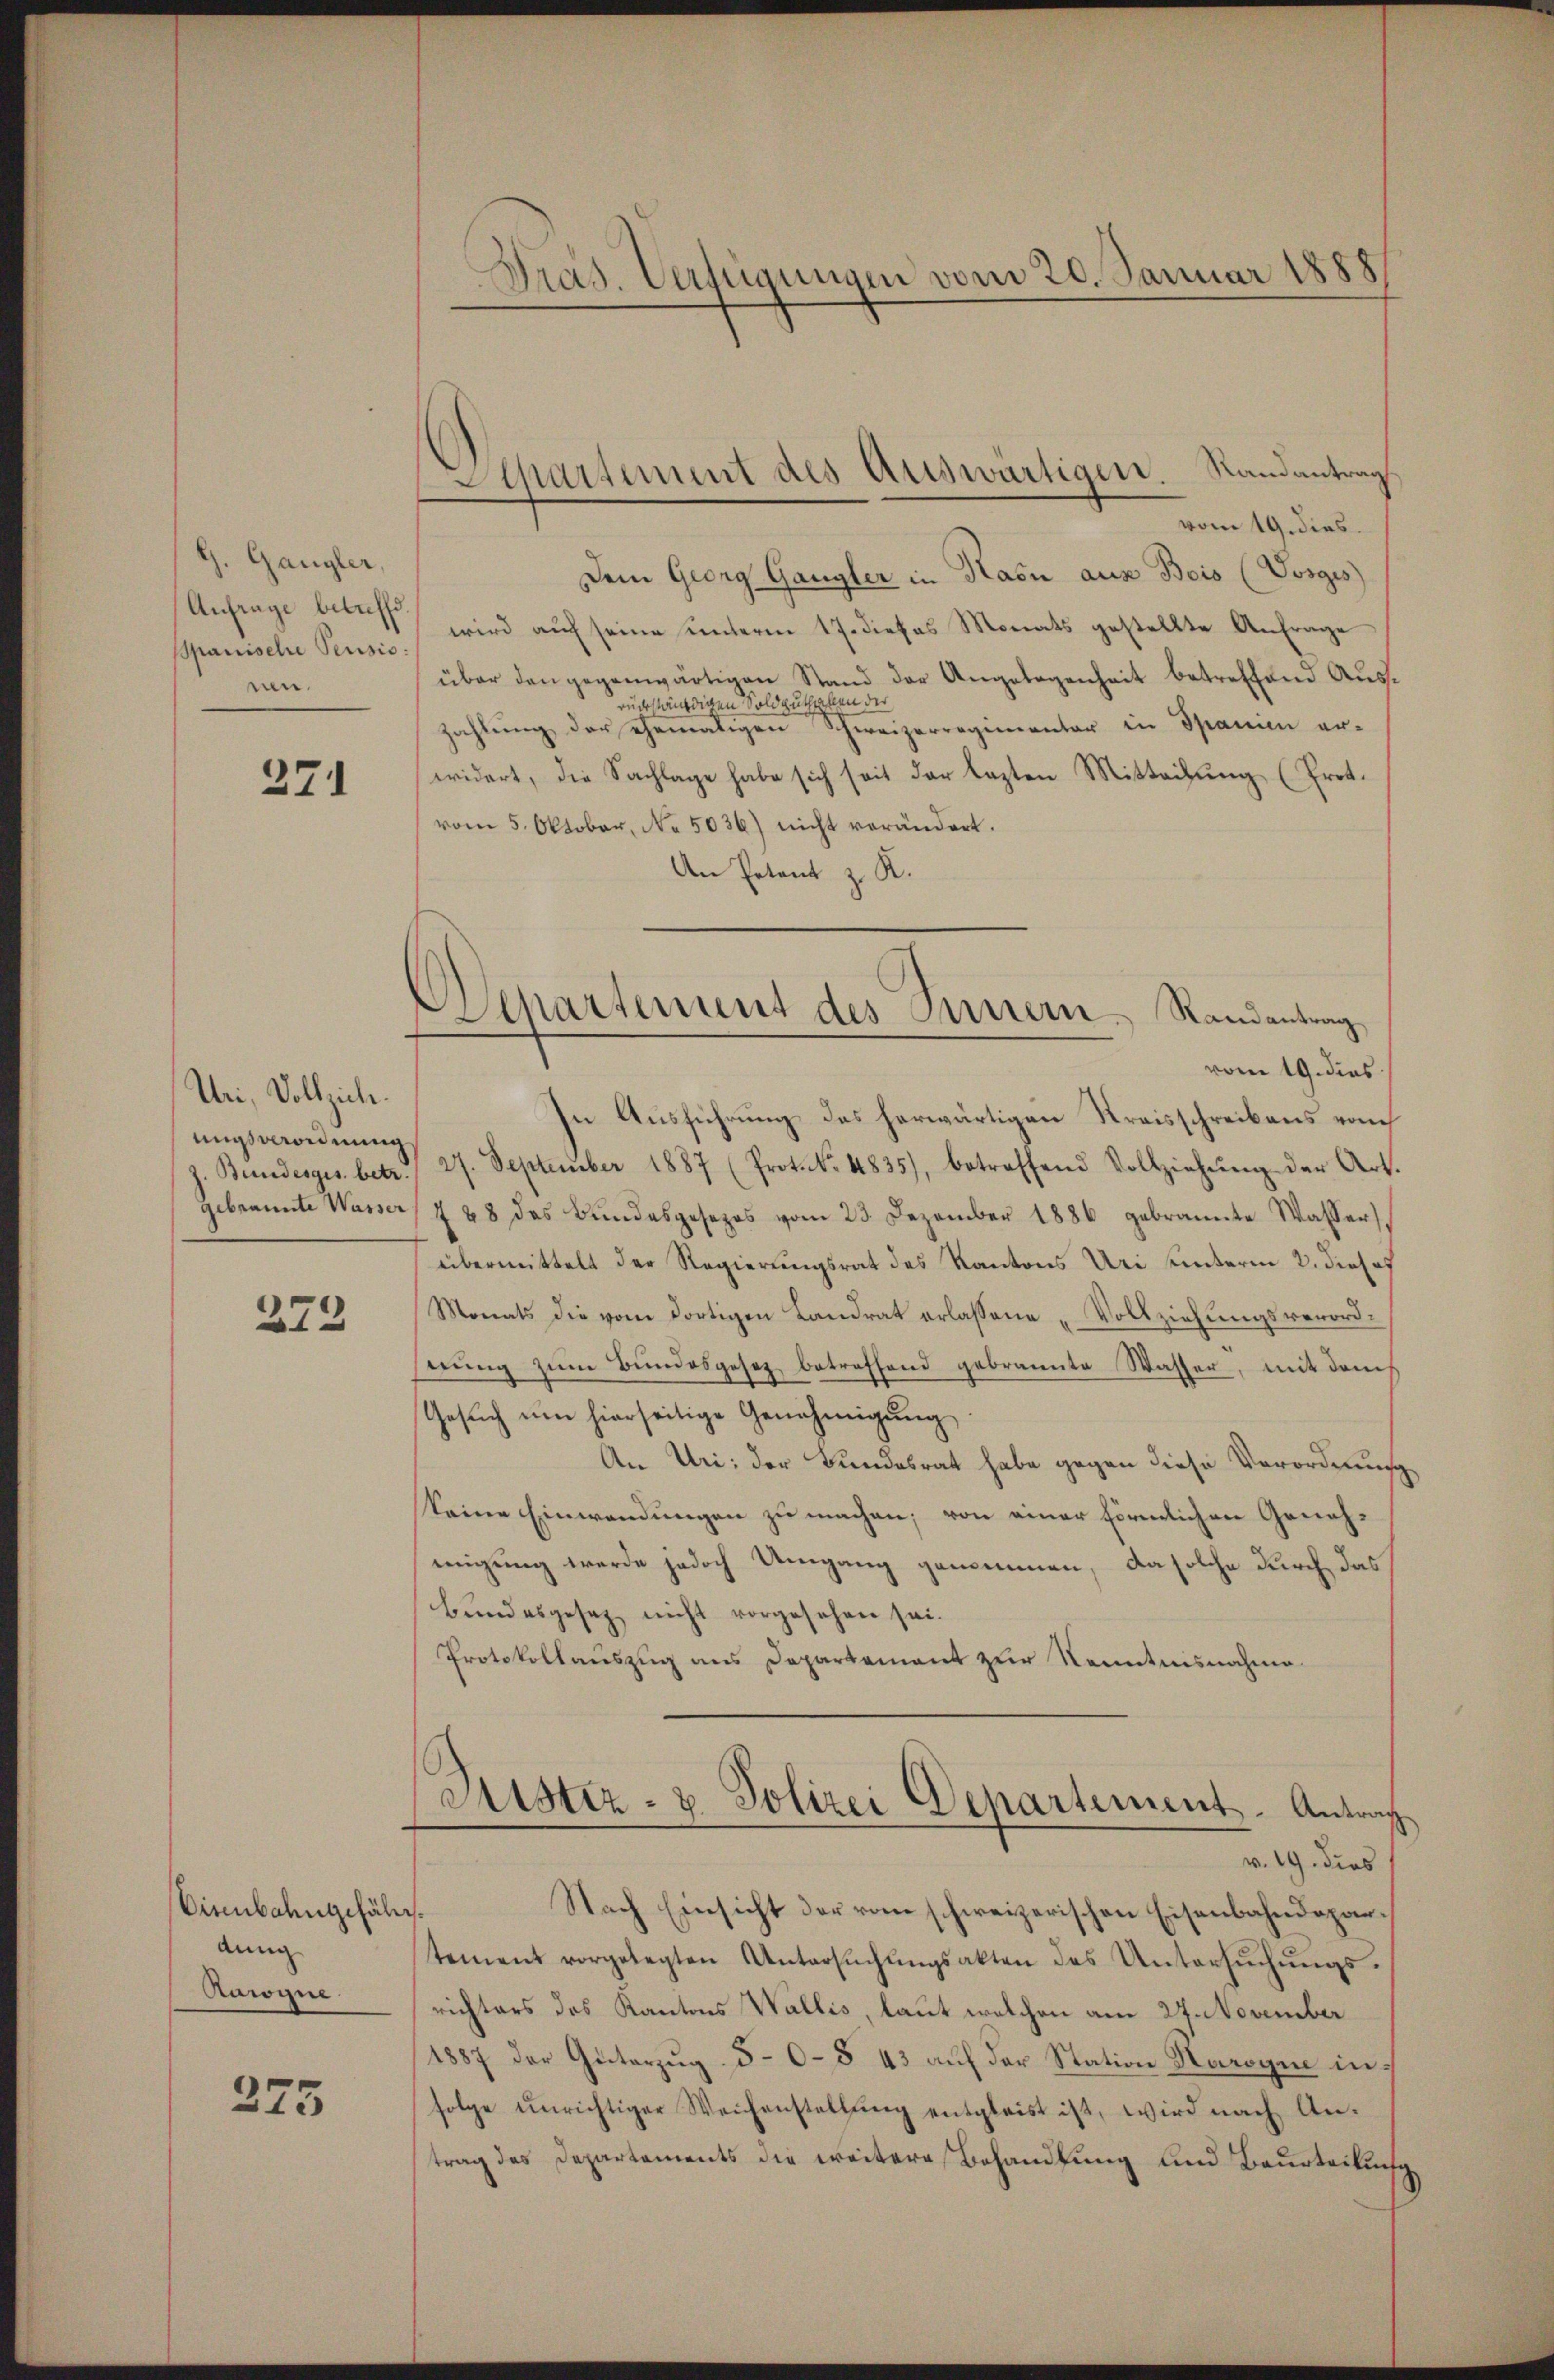
G. Gangler,
Anfrage betreffe.
Spanische Pensis.
nen.

371

Uni, Vollziehe.
missverordnung
f. Bundesges. betr.
gebrannte Wasser

272

Eisenbahngefäh
anng
Rawogne.

273

Pras. Verfügungen vom 20. Januar 1888

Departement des Auswärtigen. Randantrag

Departement des Innern Randantrag

vom 19. dies
Dem Georg Gangler in Rain aus Bois (Vosges
wird auf seine unterm 17. dieses Monats gestellte Anfrage
über den gegenwärtigen Stand der Angelegenheit betreffend Ausrückständigen Soldguthaben der
zahlŭng der ehemaligen Schweizerregimentar in Spanien er-
widert, die Sachlage habe sich seit der lezten Mittachŭng (Prot.
vom 5. Oktober, No. 5036) nicht verändert.
An Petent z. R.
vom 19. dies
In Ausführung des herwärtigen Kreisschreibens vom
27. September 1887 (Prot. No. 4835), betreffend Vollziehŭng der Art.
7 48 des Bŭndesgesezes vom 23. Dezember 1886 gebrannte Wasser
übermittelt der Regierungsrat des Kantons Uri unterm 2. diese
Monats die vom dortigen Landrat erlassene „Vollziehungsverorderung zum Bundesgesetz betreffend gebrannte Wasser, mit dem
Gesŭch ŭm hierseitige Genehmigŭng
An Uri: der Bundesrat habe gegen diese Verordnung
keine Einwendungen zu machen; von einer förmlichen Genehmigung werde jedoch Umgang genommen, da solche durch das
bundesgesez nicht vorgesehen sei.
Protokollauszug aus Departement zur Kenntnisnahme
Sistiz- & Polizei Departement. Antrag
v. 19. dies
Nach Einsicht der vom schweizerischen Eisenbahndepar¬
,
tement vorgelegten Untersuchungsakten des Untersuchungsrichters des Kantons Wallis, laut welchen am 27. November
1887 der Güterzug. 5-0- § 43 auf der Station Rarogie in
folge ŭnrichtiger Weichenstellŭng entgleist ist, wird nach Antrag des Departements die weitere Behandlung und Beurteilung